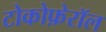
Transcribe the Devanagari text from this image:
टोकोफ़ेरॉल